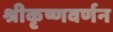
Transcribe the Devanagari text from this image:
श्रीकृष्णवर्णन